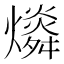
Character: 𤐪